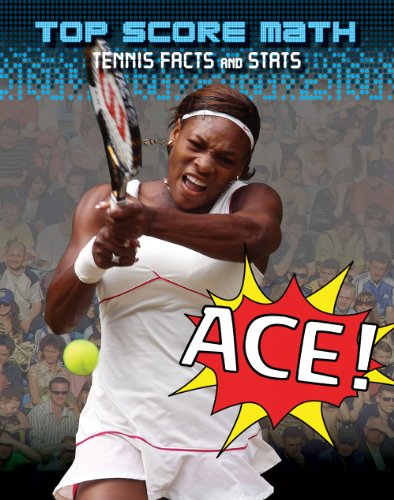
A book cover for Ace! Tennis Facts and Stats (Top Score Math); Mark Woods; Children's Books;